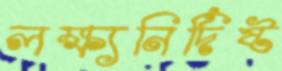
লক্ষ্যনির্দিষ্ট